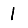
Digit: 1